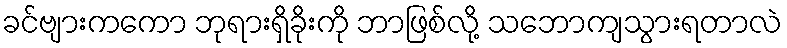
ခင်ဗျားကကော ဘုရားရှိခိုးကို ဘာဖြစ်လို့ သဘောကျသွားရတာလဲ